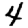
Digit: 4